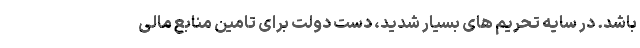
باشد. در سایه تحریم های بسیار شدید، دست دولت برای تامین منابع مالی